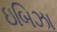
ઇબિઝા